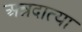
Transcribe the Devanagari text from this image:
अन्नदात्या